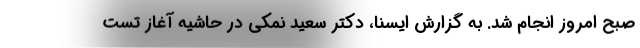
صبح امروز انجام شد. به گزارش ایسنا، دکتر سعید نمکی در حاشیه آغاز تست